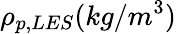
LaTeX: \rho_{p,LES}(kg/m^{3})